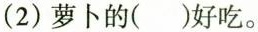
（2） 萝卜的（）好吃。